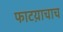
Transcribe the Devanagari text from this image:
फाटय़ाचाच